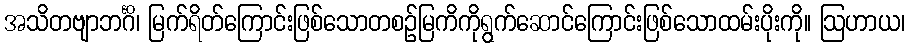
အသိတဗျာဘင်္ဂိ၊ မြက်ရိတ်ကြောင်းဖြစ်သောတစဉ်မြကိကိုရွက်ဆောင်ကြောင်းဖြစ်သောထမ်းပိုးကို။ ဩဟာယ၊